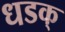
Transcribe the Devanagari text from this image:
धडक्